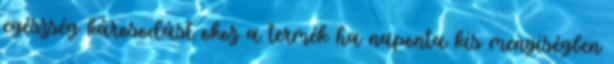
egészség károsodást okoz a termék ha naponta kis menyiségben